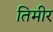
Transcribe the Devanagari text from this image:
तिमीर